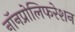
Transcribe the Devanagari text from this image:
नॉनप्रोलिफरेशन